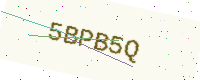
Text: 5BPB5Q